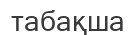
табақша